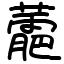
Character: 蘎